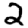
Digit: 2